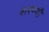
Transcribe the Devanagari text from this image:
शरण्यौ